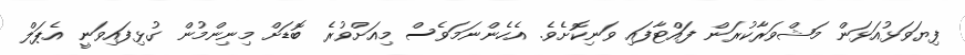
ފިޔަވަޅުއަޅަން މަޝްވަރާކުރަން ފައްޓާފައި ވަނިކޮށެވެ. އެހެންނަމަވެސް މިއަށްވުރެ ބޮޑަށް މިނިންމުން ގުޅިފައިވަނީ އެޕަލް